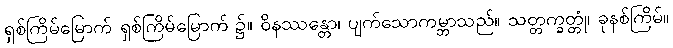
ရှစ်ကြိမ်မြောက် ရှစ်ကြိမ်မြောက် ၌။ ဝိနဿန္တော၊ ပျက်သောကမ္ဘာသည်။ သတ္တက္ခတ္တုံ၊ ခုနစ်ကြိမ်။